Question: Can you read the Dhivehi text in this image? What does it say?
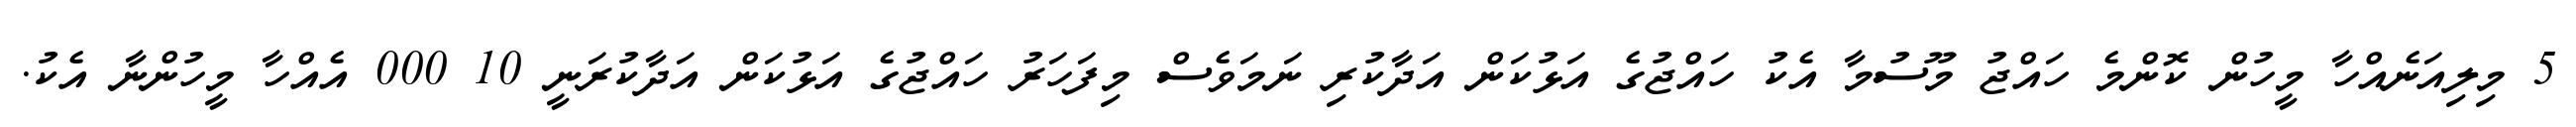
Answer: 5 މިލިއަނެއްހާ މީހުން ކޮންމެ ހައްޖު މޫސުމާ އެކު ހައްޖުގެ އަޅުކަން އަދާކުރި ނަމަވެސް މިފަހަރު ހައްޖުގެ އަޅުކަން އަދާކުރަނީ 10 000 އެއްހާ މީހުންނާ އެކު.